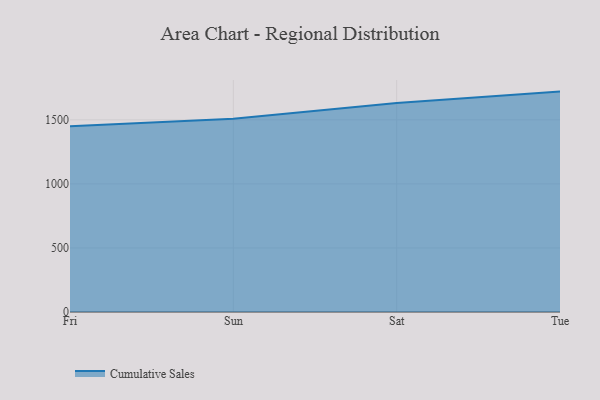
{"axis": {"x": "Day", "y": "Gross Profit (USD K)"}, "legend": ["Cumulative Sales"], "data": [{"x": "Fri", "y": 1449.5, "type": "Cumulative Sales"}, {"x": "Sun", "y": 1508.5, "type": "Cumulative Sales"}, {"x": "Sat", "y": 1630.9, "type": "Cumulative Sales"}, {"x": "Tue", "y": 1720.4, "type": "Cumulative Sales"}]}